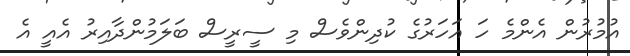
އުމުރުން އެންމެ ހަ އަހަރުގެ ކުދިންވެސް މި ސީރީސް ބަލަމުންދާއިރު އެއީ އެ